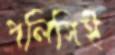
পলিসিই